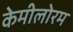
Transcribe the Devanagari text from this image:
केमीलोरम